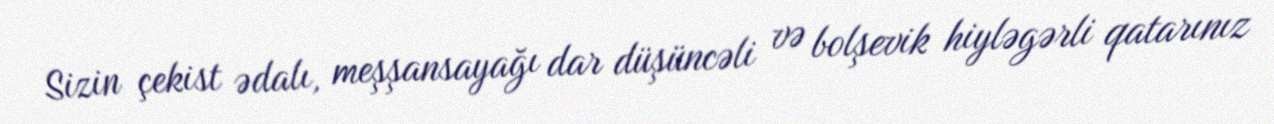
Sizin çekist ədalı, meşşansayağı dar düşüncəli və bolşevik hiyləgərli qatarınız